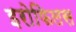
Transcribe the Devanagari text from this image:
इरोफिलस